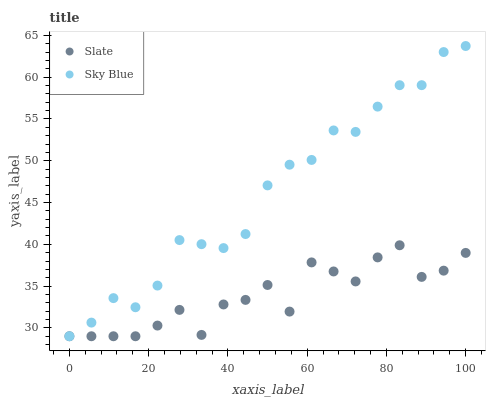
| xaxis_label | Slate | Sky Blue |
 | --- | --- | --- |
 | 0 | 29 | 29 |
 | 5.56 | 29 | 30.6 |
 | 11.1 | 29 | 33.6 |
 | 16.7 | 29 | 32.5 |
 | 22.2 | 30.3 | 35.1 |
 | 27.8 | 32.2 | 40.5 |
 | 33.3 | 29.2 | 40 |
 | 38.9 | 32.8 | 39.5 |
 | 44.4 | 33.4 | 41.2 |
 | 50 | 35.1 | 47.1 |
 | 55.6 | 32 | 49.5 |
 | 61.1 | 37.8 | 50.1 |
 | 66.7 | 36.8 | 53.6 |
 | 72.2 | 35.6 | 53.5 |
 | 77.8 | 38.4 | 56.5 |
 | 83.3 | 39.9 | 59 |
 | 88.9 | 36.1 | 59 |
 | 94.4 | 36.8 | 63 |
 | 100 | 39 | 63.7 |